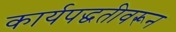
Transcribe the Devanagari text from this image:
कार्यपद्धतीवरून